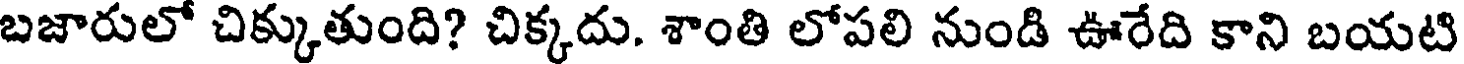
బజారులో చిక్కుతుంది? చిక్కదు. శాంతి లోపలి నుండి ఊరేది కాని బయటి